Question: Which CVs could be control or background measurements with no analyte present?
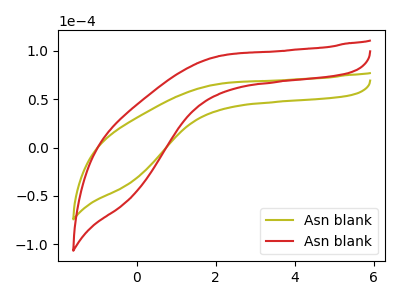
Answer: <think>The olive curve "Asn blank1" has no peaks. The red curve "Asn blank2" has no peaks.</think>
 <answer>"Asn blank1" and "Asn blank2" are likely to be blanks.</answer>
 <eval>"Asn blank1", "Asn blank2"</eval>